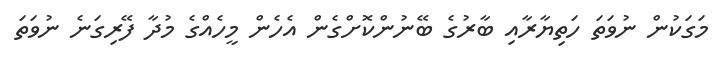
މަގަކުން ނުވަތަ ހަތިޔާރާއި ބާރުގެ ބޭނުންކޮށްގެން އެހެން މީހެއްގެ މުދާ ފޭރިގަނެ ނުވަތަ